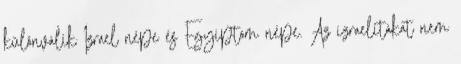
különválik Izrael népe és Egyiptom népe. Az izraelitákat nem